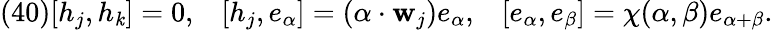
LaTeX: (40)[h_{j},h_{\mathit{k}}]=0,\; \; \; [h_{j},e_{\alpha}]=(\alpha\cdot{\mathbf{w}}_{j})e_{\alpha},\; \; \; [e_{\alpha},e_{\beta}]=\chi(\alpha,\beta)e_{\alpha+\beta}.